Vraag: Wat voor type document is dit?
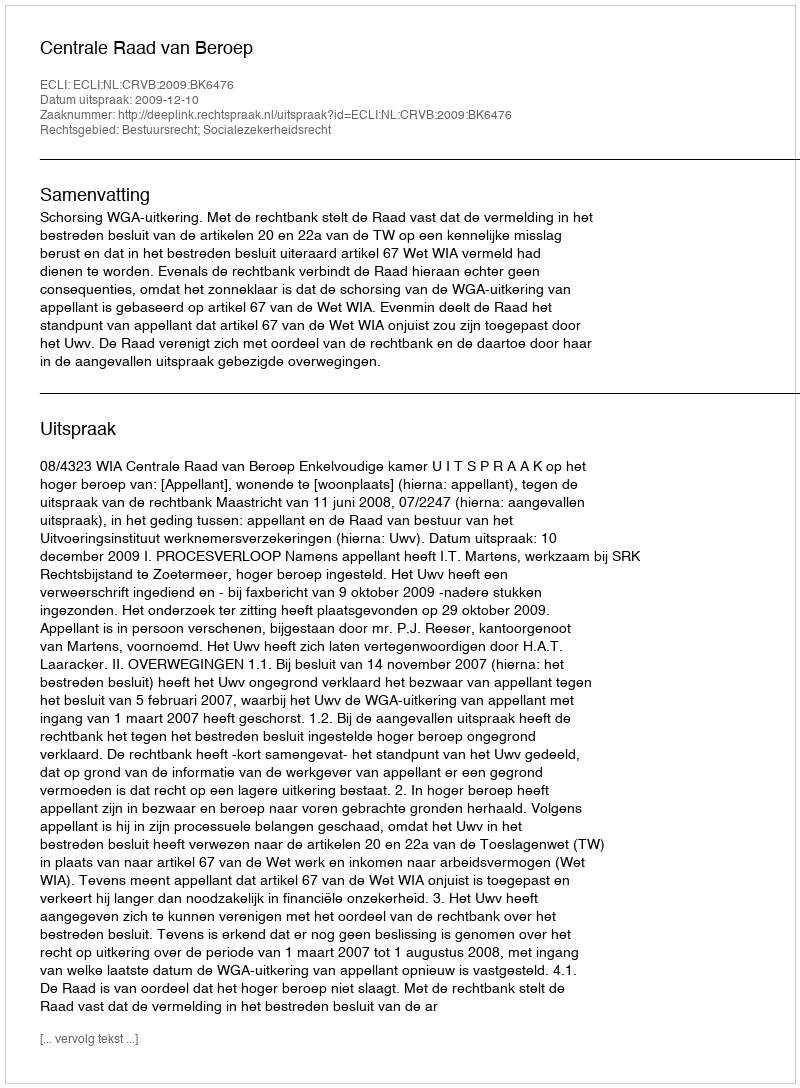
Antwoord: Uitspraak